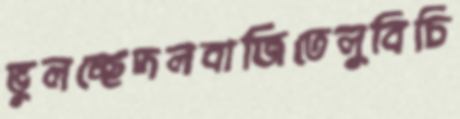
ভুলচ্ছেদলবাজিতেলুবিচি